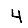
Digit: 4